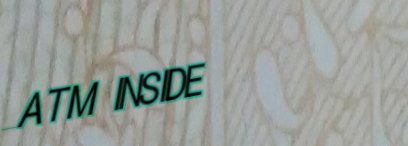
ATM INSIDE